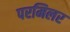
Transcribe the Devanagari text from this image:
परमिलर